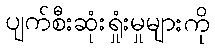
ပျက်စီးဆုံးရှုံးမှုများကို